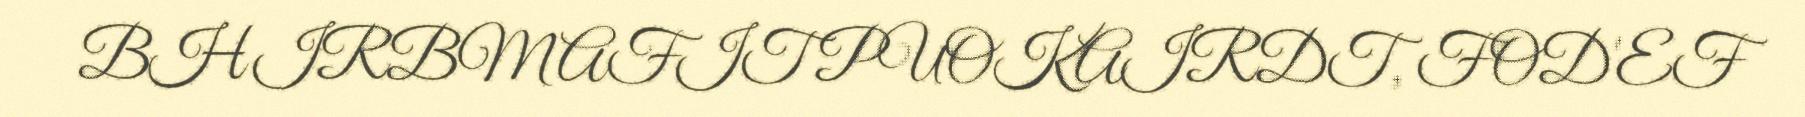
BHIRBMAFIT PUOKAIRDT, FOD'EF